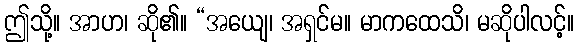
ဤသို့။ အာဟ၊ ဆို၏။ “အယျေ၊ အရှင်မ။ မာကထေသိ၊ မဆိုပါလင့်။